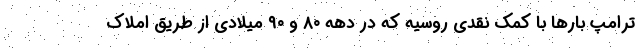
ترامپ بارها با کمک نقدی روسیه که در دهه ۸۰ و ۹۰ میلادی از طریق املاک